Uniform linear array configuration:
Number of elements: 64
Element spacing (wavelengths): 1
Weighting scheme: hamming
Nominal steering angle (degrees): -15
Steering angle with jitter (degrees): -16.146
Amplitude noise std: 0.05
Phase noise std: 0.05

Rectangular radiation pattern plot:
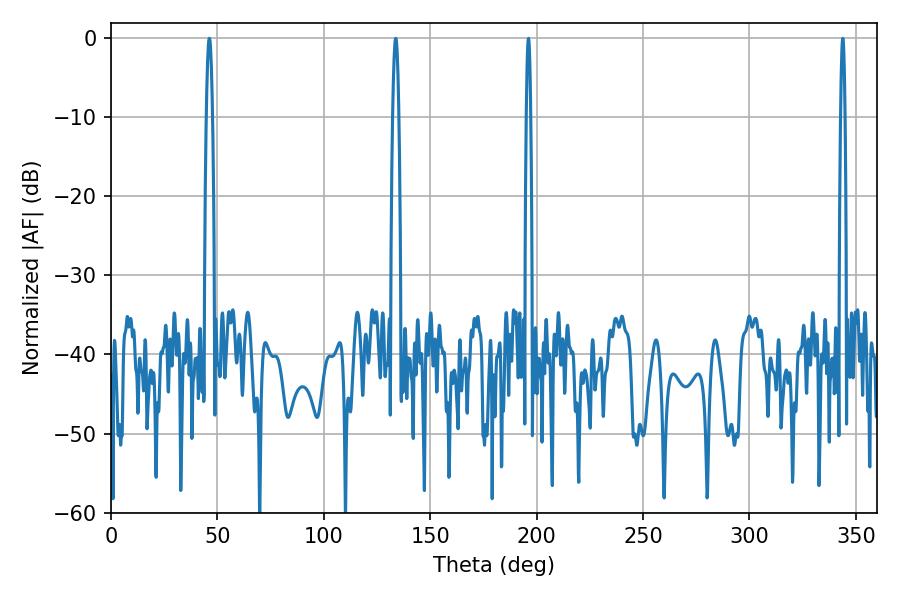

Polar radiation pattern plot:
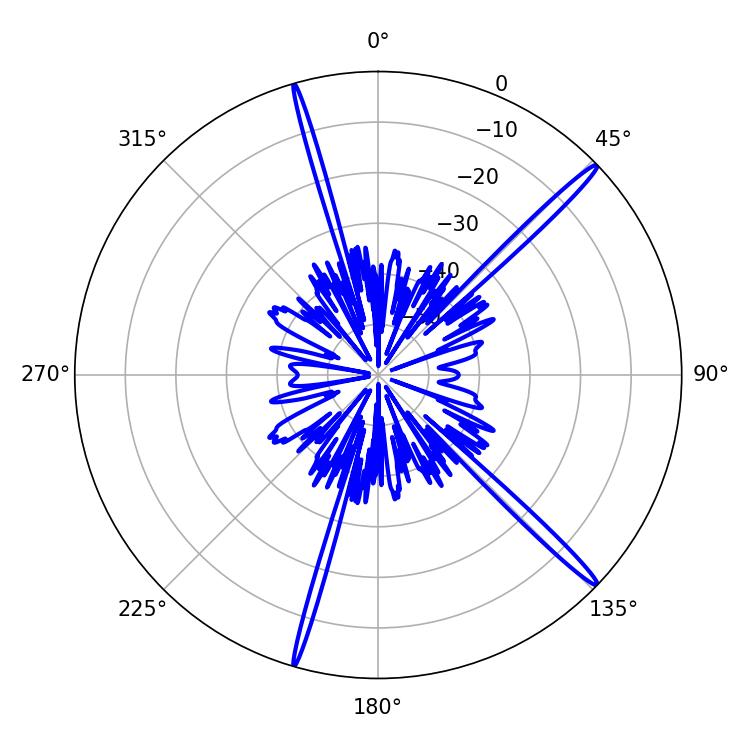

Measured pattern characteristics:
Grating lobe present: TRUE
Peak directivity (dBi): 17.913
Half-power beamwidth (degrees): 1.44
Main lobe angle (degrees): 46.26